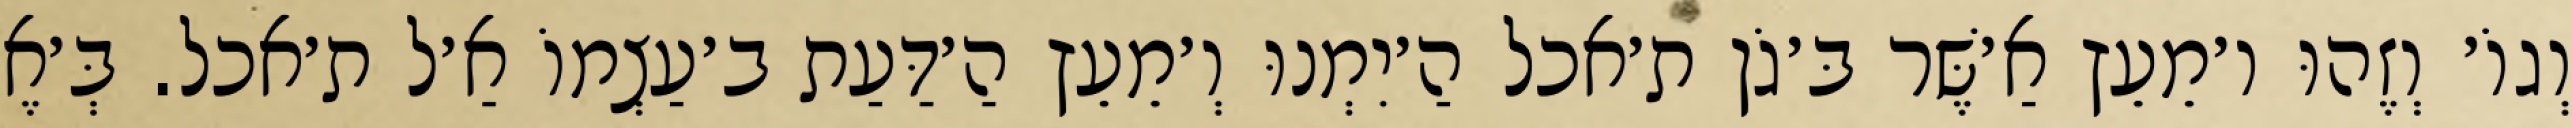
וְגוֹ׳ וְזֶהוּ ו׳מֵעֵץ אַ׳שֶּׁר בּ׳גֹן ת׳אכל הַ׳יִמְנוּ וְ׳מֵעֵץ הַ׳דַּעַת ב׳עַצְמוֹ אַ׳ל ת׳אכל. בְּ׳אֶ